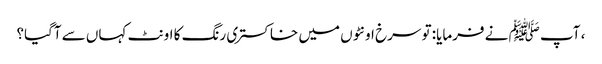
، آپ ﷺ نے فرمایا: تو سرخ اونٹوں میں خاکستری رنگ کا اونٹ کہاں سے آگیا؟